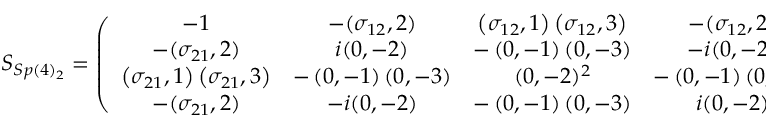
S _ { S p ( 4 ) _ { 2 } } = \left( \begin{array} { c c c c } { { - 1 } } & { { - ( \sigma _ { 1 2 } , 2 ) } } & { { \left( \sigma _ { 1 2 } , 1 \right) \left( \sigma _ { 1 2 } , 3 \right) } } & { { - ( \sigma _ { 1 2 } , 2 ) } } \\ { { - ( \sigma _ { 2 1 } , 2 ) } } & { { i ( 0 , - 2 ) } } & { { - \left( 0 , - 1 \right) \left( 0 , - 3 \right) } } & { { - i ( 0 , - 2 ) } } \\ { { \left( \sigma _ { 2 1 } , 1 \right) \left( \sigma _ { 2 1 } , 3 \right) } } & { { - \left( 0 , - 1 \right) \left( 0 , - 3 \right) } } & { { ( 0 , - 2 ) ^ { 2 } } } & { { - \left( 0 , - 1 \right) \left( 0 , - 3 \right) } } \\ { { - ( \sigma _ { 2 1 } , 2 ) } } & { { - i ( 0 , - 2 ) } } & { { - \left( 0 , - 1 \right) \left( 0 , - 3 \right) } } & { { i ( 0 , - 2 ) } } \end{array} \right) \, ,